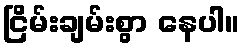
ငြိမ်းချမ်းစွာ နေပါ။